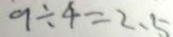
9 \div 4 = 2 . 5